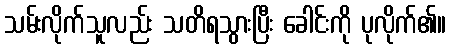
သမ်းလိုက်သူလည်း သတိရသွားပြီး ခေါင်းကို ပုလိုက်၏။